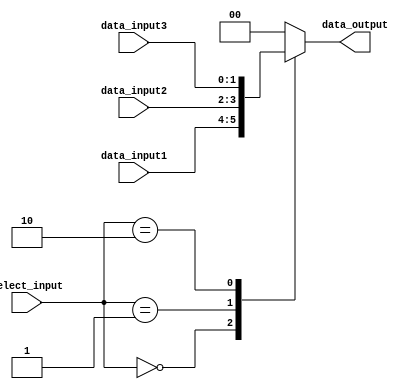
module BusSwitch (
    input wire [1:0] select_input,
    input wire [1:0] data_input1,
    input wire [1:0] data_input2,
    input wire [1:0] data_input3,
    output reg [1:0] data_output
);

always @ (select_input, data_input1, data_input2, data_input3)
begin
    case(select_input)
        2'b00: data_output <= data_input1;
        2'b01: data_output <= data_input2;
        2'b10: data_output <= data_input3;
        default: data_output <= 2'b00;
    endcase
end

endmodule